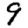
Digit: 9